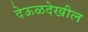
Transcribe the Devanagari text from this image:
देऊळदेखील